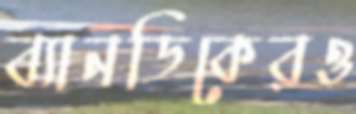
ব্যানডিকেরও